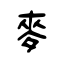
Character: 麥